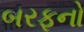
બરફનો